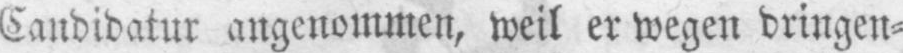
Candidatur angenommen, weil er wegen dringen⸗